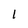
Character: 1